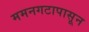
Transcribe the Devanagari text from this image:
ममनगटापासून